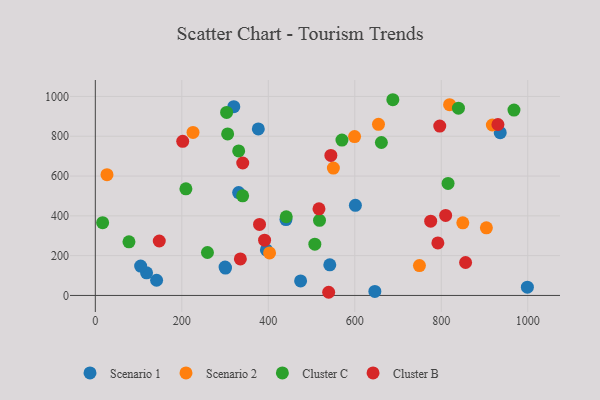
{"axis": {"x": "Study Hours", "y": "Salary"}, "legend": ["Cluster B", "Cluster C", "Scenario 1", "Scenario 2"], "data": [{"x": "999.1", "y": 41.3, "type": "Scenario 1"}, {"x": "936.3", "y": 818.1, "type": "Scenario 1"}, {"x": "301.0", "y": 137.4, "type": "Scenario 1"}, {"x": "440.8", "y": 381.2, "type": "Scenario 1"}, {"x": "320.2", "y": 948.7, "type": "Scenario 1"}, {"x": "331.4", "y": 516.8, "type": "Scenario 1"}, {"x": "395.6", "y": 228.8, "type": "Scenario 1"}, {"x": "542.2", "y": 153.8, "type": "Scenario 1"}, {"x": "300.1", "y": 142.8, "type": "Scenario 1"}, {"x": "141.7", "y": 76.3, "type": "Scenario 1"}, {"x": "118.5", "y": 113.8, "type": "Scenario 1"}, {"x": "474.7", "y": 72.8, "type": "Scenario 1"}, {"x": "646.4", "y": 20.0, "type": "Scenario 1"}, {"x": "104.8", "y": 147.6, "type": "Scenario 1"}, {"x": "601.4", "y": 452.8, "type": "Scenario 1"}, {"x": "376.9", "y": 836.6, "type": "Scenario 1"}, {"x": "749.5", "y": 150.2, "type": "Scenario 2"}, {"x": "654.8", "y": 860.0, "type": "Scenario 2"}, {"x": "918.1", "y": 856.6, "type": "Scenario 2"}, {"x": "402.9", "y": 213.8, "type": "Scenario 2"}, {"x": "849.8", "y": 364.9, "type": "Scenario 2"}, {"x": "904.3", "y": 339.7, "type": "Scenario 2"}, {"x": "27.0", "y": 606.8, "type": "Scenario 2"}, {"x": "225.9", "y": 819.5, "type": "Scenario 2"}, {"x": "550.5", "y": 640.2, "type": "Scenario 2"}, {"x": "599.5", "y": 798.6, "type": "Scenario 2"}, {"x": "819.2", "y": 958.8, "type": "Scenario 2"}, {"x": "839.7", "y": 941.3, "type": "Cluster C"}, {"x": "303.6", "y": 919.6, "type": "Cluster C"}, {"x": "441.5", "y": 395.5, "type": "Cluster C"}, {"x": "815.7", "y": 562.7, "type": "Cluster C"}, {"x": "570.3", "y": 780.6, "type": "Cluster C"}, {"x": "661.5", "y": 768.5, "type": "Cluster C"}, {"x": "77.8", "y": 269.4, "type": "Cluster C"}, {"x": "16.9", "y": 365.9, "type": "Cluster C"}, {"x": "340.7", "y": 500.8, "type": "Cluster C"}, {"x": "259.3", "y": 215.9, "type": "Cluster C"}, {"x": "306.0", "y": 811.8, "type": "Cluster C"}, {"x": "209.5", "y": 535.8, "type": "Cluster C"}, {"x": "507.6", "y": 257.6, "type": "Cluster C"}, {"x": "331.5", "y": 726.5, "type": "Cluster C"}, {"x": "688.0", "y": 983.6, "type": "Cluster C"}, {"x": "518.4", "y": 377.3, "type": "Cluster C"}, {"x": "968.1", "y": 931.4, "type": "Cluster C"}, {"x": "810.1", "y": 402.1, "type": "Cluster B"}, {"x": "931.0", "y": 859.1, "type": "Cluster B"}, {"x": "856.2", "y": 165.6, "type": "Cluster B"}, {"x": "792.1", "y": 264.0, "type": "Cluster B"}, {"x": "202.1", "y": 774.7, "type": "Cluster B"}, {"x": "340.9", "y": 665.6, "type": "Cluster B"}, {"x": "391.4", "y": 277.6, "type": "Cluster B"}, {"x": "147.9", "y": 273.7, "type": "Cluster B"}, {"x": "539.6", "y": 15.9, "type": "Cluster B"}, {"x": "544.7", "y": 703.6, "type": "Cluster B"}, {"x": "775.5", "y": 373.4, "type": "Cluster B"}, {"x": "379.7", "y": 357.0, "type": "Cluster B"}, {"x": "517.2", "y": 435.1, "type": "Cluster B"}, {"x": "796.5", "y": 851.0, "type": "Cluster B"}, {"x": "335.4", "y": 183.6, "type": "Cluster B"}]}